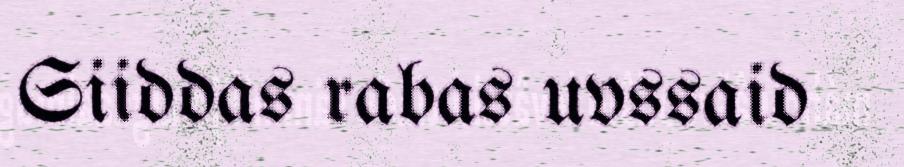
Siiddas rabas uvssaid